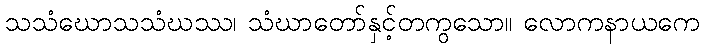
သသံဃောသသံဃဿ၊ သံဃာတော်နှင့်တကွသော။ လောကနာယကေ